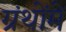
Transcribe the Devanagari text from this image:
ग्रंथोंमें